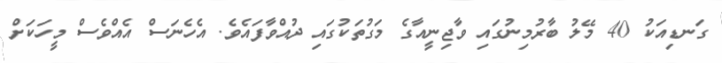
ގަނޑިއަކު 40 މޭލު ބާރުމިނުގައި ވާޖިނީއާގެ މަގުތަކުގައި ދުއްވާފައެވެ. އެހެނަސް އެއްވެސް މީހަކަށް